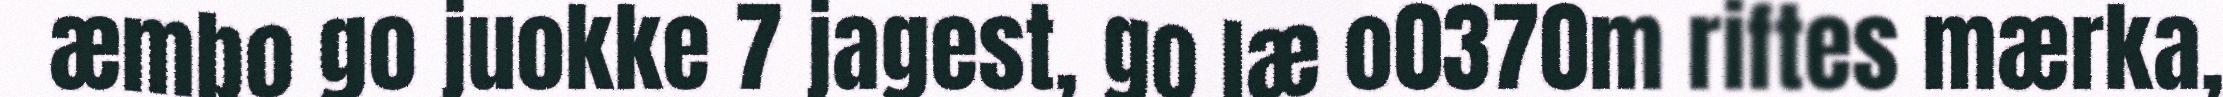
æmbo go juokke 7 jagest, go læ o0370m riftes mærka,